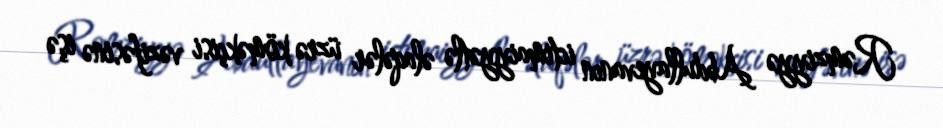
Rəmziyyə Abdullayevanın ictimaiyyətlə əlaqələr üzrə köməkçisi vəzifəsinə işə